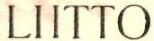
LIITTO